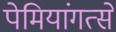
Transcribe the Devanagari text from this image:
पेमियांगत्से